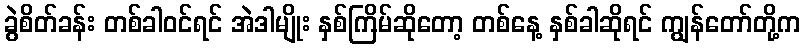
ခွဲစိတ်ခန်း တစ်ခါဝင်ရင် အဲဒါမျိုး နှစ်ကြိမ်ဆိုတော့ တစ်နေ့ နှစ်ခါဆိုရင် ကျွန်တော်တို့က